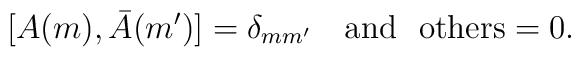
[A(m),\bar A(m')]=\delta_{mm'}\ \ \ {\rm and\ \  others}=0.